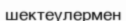
шектеулермен